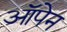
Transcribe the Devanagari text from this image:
ऑपेन